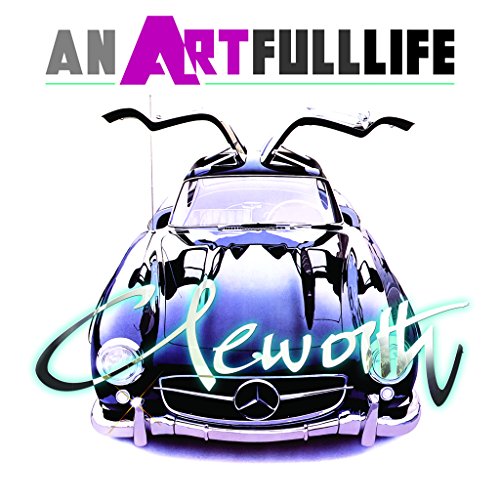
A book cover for CLEWORTH: an ARTFULLlife; Crafts, Hobbies & Home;